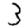
Digit: 3